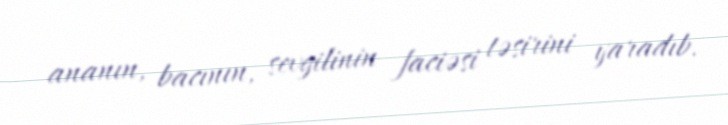
ananın, bacının, sevgilinin faciəsi təsirini yaradıb.